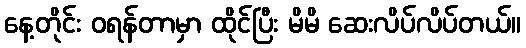
နေ့တိုင်း ဝရန်တာမှာ ထိုင်ပြီး မိမိ ဆေးလိပ်လိပ်တယ်။